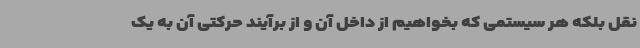
نقل بلکه هر سیستمی که بخواهیم از داخل آن و از برآیند حرکتی آن به یک